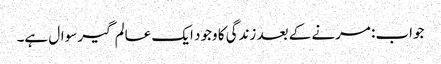
جواب: مرنے کے بعد زندگی کا وجود ایک عالم گیر سوال ہے۔